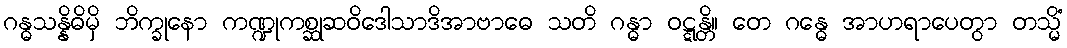
ဂန္ဓသန္နိဓိမှိ ဘိက္ခုနော ကဏ္ဍုကစ္ဆုဆဝိဒေါသာဒိအာဗာဓေ သတိ ဂန္ဓာ ဝဋ္ဋန္တိ။ တေ ဂန္ဓေ အာဟရာပေတွာ တသ္မိံ